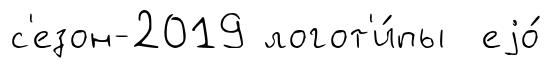
с'езон-2019 логот'и́пы еjо́